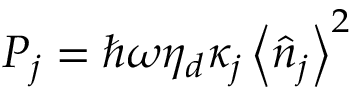
P _ { j } = \hbar \omega \eta _ { d } \kappa _ { j } \left\langle \hat { n } _ { j } \right\rangle ^ { 2 }